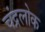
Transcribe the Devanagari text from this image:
चंद्रलोक